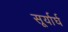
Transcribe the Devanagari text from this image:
सूर्यार्घ